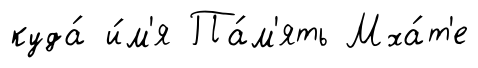
куда́ и́м'я Па́м'ять Мха́т'е